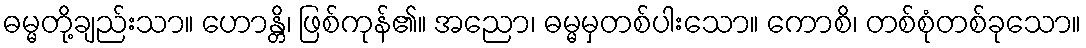
ဓမ္မတို့ချည်းသာ။ ဟောန္တိ၊ ဖြစ်ကုန်၏။ အညော၊ ဓမ္မမှတစ်ပါးသော။ ကောစိ၊ တစ်စုံတစ်ခုသော။